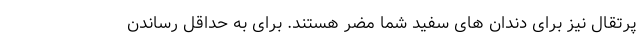
پرتقال نیز برای دندان های سفید شما مضر هستند. برای به حداقل رساندن